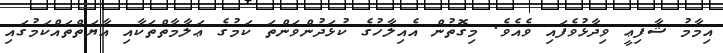
އިމާމު ޝާފިޢީ ވިދާޅުވެފައި ވެއެވެ. މިގޮތުން އެއިލާހުގެ ކުޅަދުންވަންތަ ކަމުގެ ޢަލާމާތްތަކާއި އާޔަތްތައްކަމުގައި